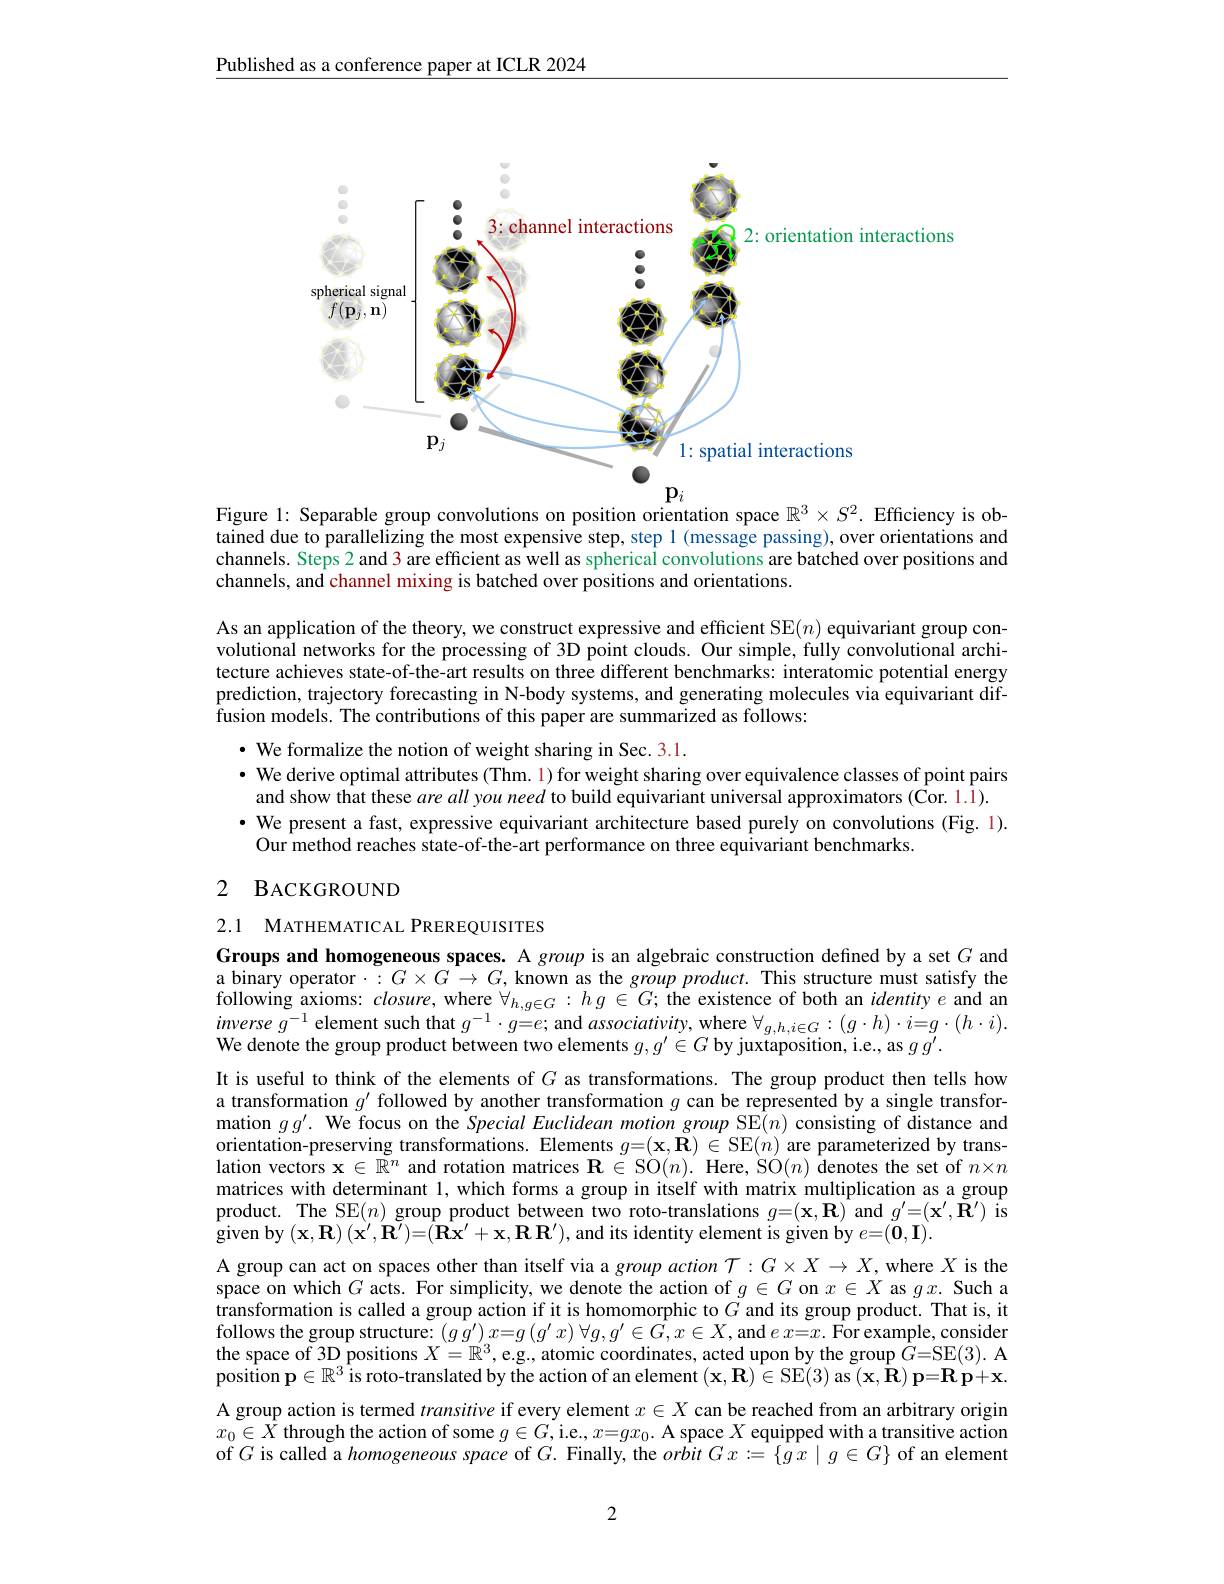
Published as a conference paper at ICLR 2024

<FigureHere>

ob-
Figure l:
tained due to parallelizing the most expensive step, step 1 (message passing), over orientations and channels. Steps 2 and 3 are efficient as well as spherical convolutions are batched over positions and channels, and channel mixing is batched over positions and orientations.

As an application of the theory, we construct expressive and efficient SE$(n)$ equivariant group convolutional networks for the processing of 3D point clouds. Our simple, fully convolutional architecture achieves state-of-the-art results on three different benchmarks: interatomic potential energy prediction, trajectory forecasting in N-body systems, and generating molecules via equivariant diffusion models. The contributions of this paper are summarized as follows:

$\cdot$ We formalize the notion of weight sharing in Sec. 3.1.
· We derive optimal attributes (Thm. 1) for weight sharing over equivalence classes of point pairs and show that these areall you need to build equivariant universal approximators (Cor. 1.1). $\bullet$ We present a fast, expressive equivariant architecture based purely on convolutions (Fig. 1). Our method reaches state-of-the-art performance on three equivariant benchmarks.
2 BACKGROUND

2.1 MATHEMATICAL PREREQUISITES
Groups and homogeneous spaces. A group is an algebraic construction defined by a set $G$ and a binary operator$\cdot:G\times G\to G$, known as the group product. This structure must satisfy the following axioms: closure, where $\forall_{h,g\in G}:hg\in G;$ the existence of both an identitye and an $inverseg^{-1}$ element such that $g^-1\cdot g=e;$ and $associativity$, where $\forall_g,h,i\in G:(g\cdot h)\cdot i=g\cdot(h\cdot i).$ We denote the group product between two elements $g,g^\prime\in G$ by juxtaposition, i.e., as $gg^\prime.$
It is useful to think of the elements of $G$ as transformations. The group product then tells how a transformation $g^\prime$ followed by another transformation $g$ can be represented by a single transformation $gg^\prime.$ We focus on the Special Euclidean motion group SE$(n)$ consisting of distance and orientation-preserving transformations. Elements $g=(\mathbf{x},\tilde{\mathbf{R}})\in\operatorname{SE}(n)$ are parameterized by translation vectors $\mathbf{x}\in\mathbb{R}^n$ and rotation matrices $\mathbf{R} \in$SO$( n) .$ Here, SO$(n)$ denotes the set of $n\times n$ matrices with determinant 1, which forms a group in itself with matrix multiplication as a group product. The SE$(n)$ group product between two roto-translations $g=(\mathbf{x},\mathbf{R})$ and $g^\prime=(\mathbf{x}^\prime,\tilde{\mathbf{R}}^\prime)$ is $\mathbf{\hat{g}}$iven by$\left(\mathbf{x},\mathbf{R}\right)\left(\mathbf{x}^{\prime},\mathbf{R}^{\prime}\right)=\mathbf{\hat{(}}\mathbf{\hat{R}}\mathbf{x}^{\prime}+\mathbf{x},\mathbf{R}\mathbf{R}^{\prime})$,and its identity element is given by $e=(\mathbf{0},\mathbf{I}).$
A group can act on spaces other than itself via a group action $\mathcal{T}:G\times X\to X$, where $X$ is the space on which $G$ acts. For simplicity, we denote the action of $g\in G$ on $x\in X$ as $gx.$ Such a $\hat{\text{transformation is called a group action if it is homomorphic to }G}$ and its group product. That is, it follows the group structure: $(g\tilde{g}^{\prime})x=g\left(g^{\prime}x\right)\forall g,g^{\prime}\in\hat{G},x\in X$, and $ex=x.$ For example, consider the space of 3D positions $X=\mathbb{R}^3$, e.g., atomic coordinates, acted upon by the group $\hat{G}=$SE(3). A $\hat{\text{position }\mathbf{p}}\in\mathbb{R}^3$is roto-translated by the action of an element $( \mathbf{x} , \mathbf{R} ) \in$SE(3) as $(\mathbf{x},\mathbf{\hat{R}})\mathbf{p}=\mathbf{R}\mathbf{p}+\mathbf{x}.$ A group action is termed transitive if every element $x\in X$ can be reached from an arbitrary origin $x_0\in\bar{X}$ through the action of some $g\in G$,i.e,$x=gx_0.$ A space $X$ equipped with a transitive action of $G$ is called a homogeneous space of $G.$ Finally, the $orbitGx:=\{gx\mid g\in G\}$ of an element

2